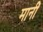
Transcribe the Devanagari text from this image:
मानीं